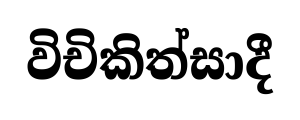
විචිකිත්සාදී